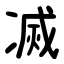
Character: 㓕